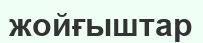
жойғыштар